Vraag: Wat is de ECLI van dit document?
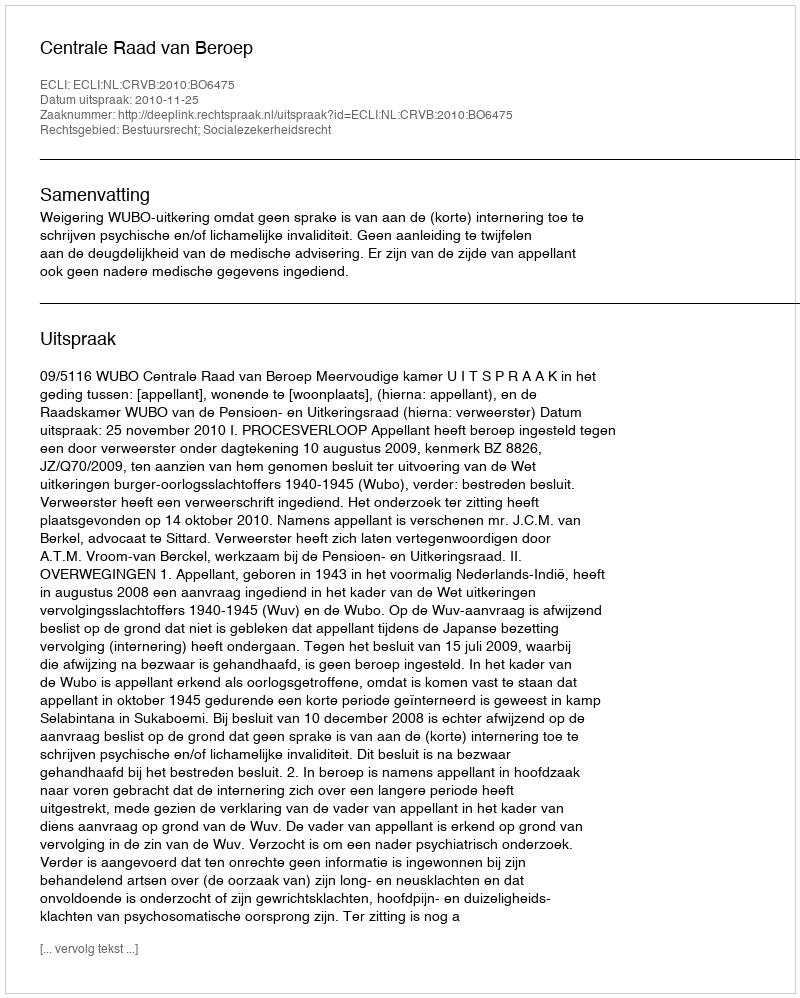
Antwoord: ECLI:NL:CRVB:2010:BO6475